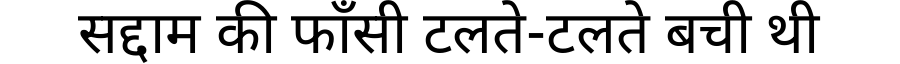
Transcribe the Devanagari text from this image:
सद्दाम की फाँसी टलते-टलते बची थी